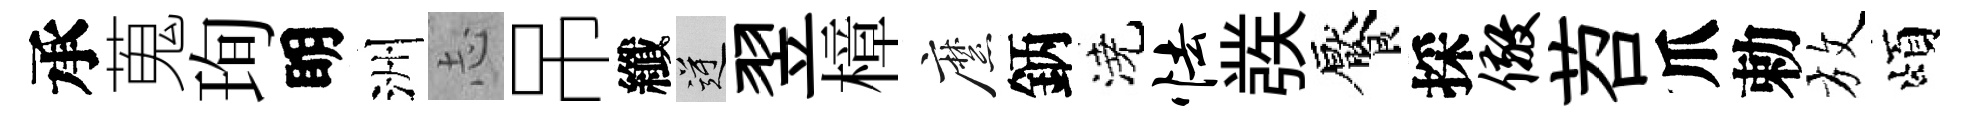
承蒐珣眀洲𢖽吊纖逆翌樟縻鈵澆怯彂饜採儆苕爪勅放頌